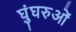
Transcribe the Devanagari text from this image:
घुंघरुओं